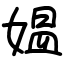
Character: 媪